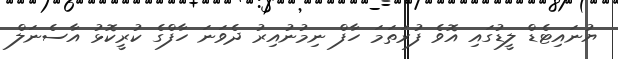
ޔުނައިޓެޑް ލީޑުގައި އޮވެ ފުރަތަމަ ހާފް ނިމުނުއިރު ދެވަނަ ހާފްގެ ކުރީކޮޅު އާސެނަލް